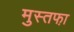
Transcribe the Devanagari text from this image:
मुस्तफा़